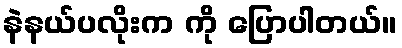
နဲနယ်ပလိုးက ကို ပြောပါတယ်။